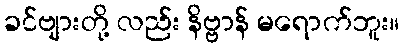
ခင်ဗျားတို့ လည်း နိဗ္ဗာန် မရောက်ဘူး။